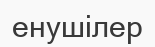
енушілер